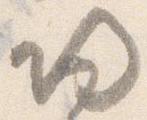
帰